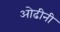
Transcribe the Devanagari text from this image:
ओढीनी